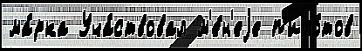
ма́рка Уча́ствовал м'е́н'еjе п'ило́тов